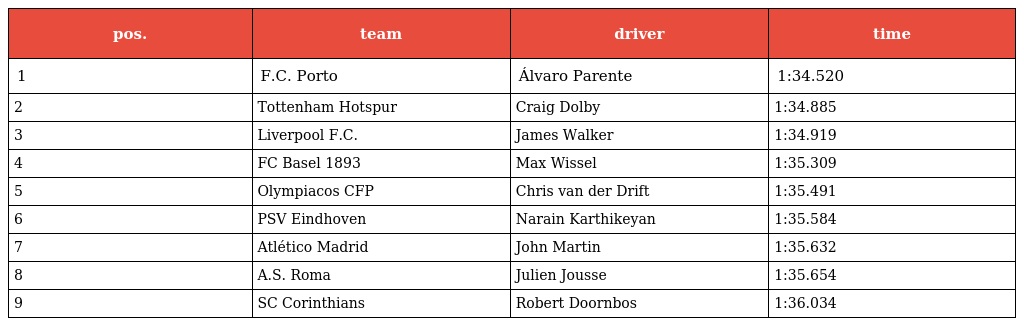
| pos. | team | driver | time |
 | --- | --- | --- | --- |
 | 1 | F.C. Porto | Álvaro Parente | 1:34.520 |
 | 2 | Tottenham Hotspur | Craig Dolby | 1:34.885 |
 | 3 | Liverpool F.C. | James Walker | 1:34.919 |
 | 4 | FC Basel 1893 | Max Wissel | 1:35.309 |
 | 5 | Olympiacos CFP | Chris van der Drift | 1:35.491 |
 | 6 | PSV Eindhoven | Narain Karthikeyan | 1:35.584 |
 | 7 | Atlético Madrid | John Martin | 1:35.632 |
 | 8 | A.S. Roma | Julien Jousse | 1:35.654 |
 | 9 | SC Corinthians | Robert Doornbos | 1:36.034 |